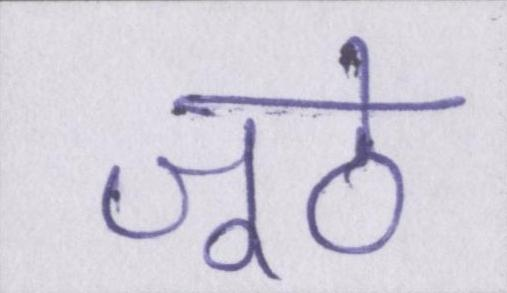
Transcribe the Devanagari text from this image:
जूठे